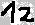
Text: 12